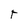
Character: t